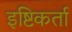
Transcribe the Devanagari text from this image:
इष्टिकर्ता